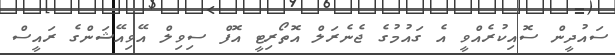
ސައުދީން ސޮއިކުރެއްވީ އެ ގައުމުގެ ޖެނެރަލް އޮތޯރިޓީ އޮފް ސިވިލް އޭވިއޭޝަންގެ ރައީސް